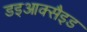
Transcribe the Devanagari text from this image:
डइआक्सैइड